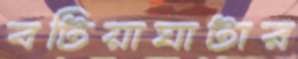
বটিয়াঘাটার